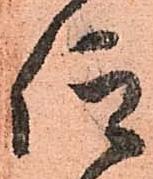
仰